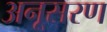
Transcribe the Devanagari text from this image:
अनूसरण